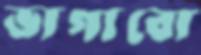
ভাগাবো